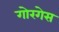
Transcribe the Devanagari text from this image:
गोरगेस